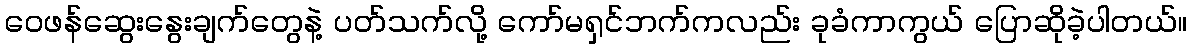
ဝေဖန်ဆွေးနွေးချက်တွေနဲ့ ပတ်သက်လို့ ကော်မရှင်ဘက်ကလည်း ခုခံကာကွယ် ပြောဆိုခဲ့ပါတယ်။